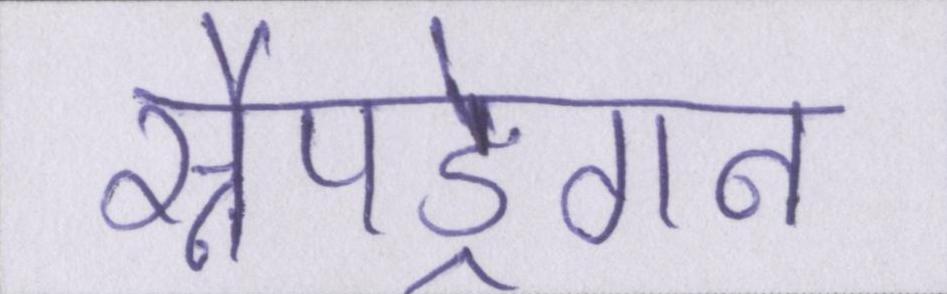
स्नैपड्रैगन